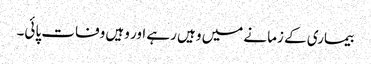
بیماری کے زمانے میں وہیں رہے اور وہیں وفات پائی۔